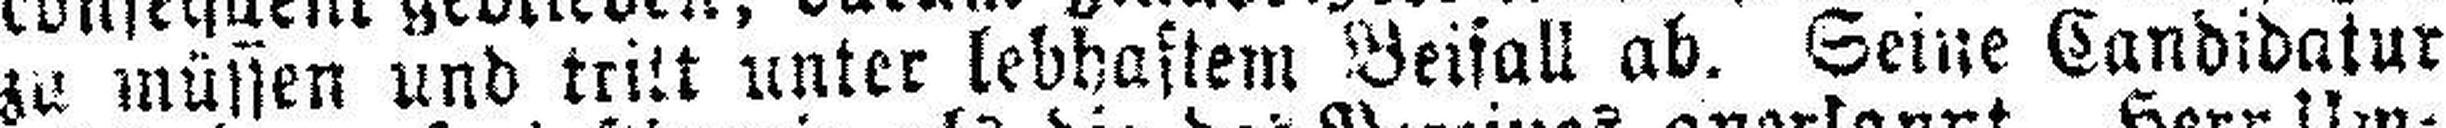
zu müssen und tritt unter lebhaftem Beifall ab. Seine Candidatur